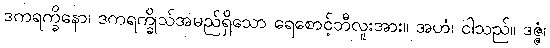
ဒကရက္ခိနော၊ ဒကရက္ခိုသ်အမည်ရှိသော ရေစောင့်ဘီလူးအား။ အဟံ၊ ငါသည်။ ဒဇ္ဇံ၊